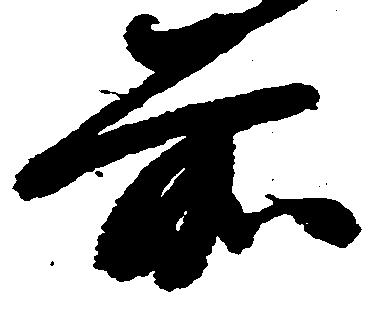
前